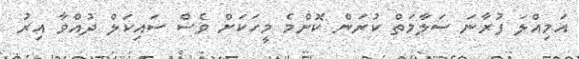
އަމިއްލަ ފުރާނަ ސަލާމަތް ކުރަން ކޮންމެ މީހަކަށް ވެސް ސައިކަލް ދުއްވާ އިރު